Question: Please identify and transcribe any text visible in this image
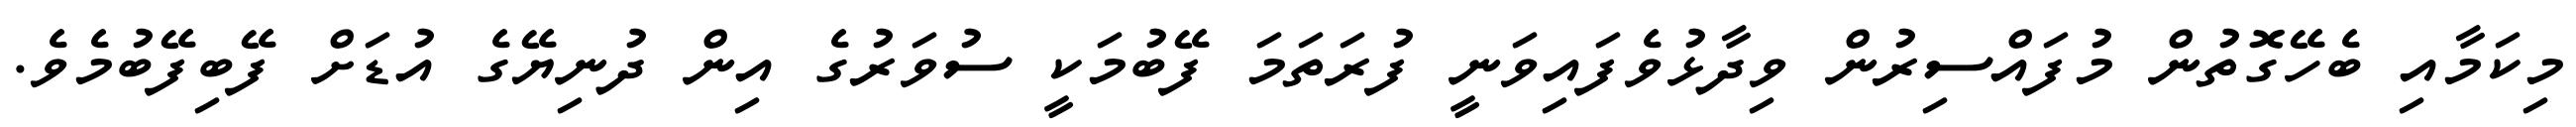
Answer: މިކަމާއި ބެހޭގޮތުން މުފައްސިރުން ވިދާޅުވެފައިވަނީ ފުރަތަމަ ފޭބުމަކީ ސުވަރުގެ އިން ދުނިޔޭގެ އުޑަށް ފޭބިފޭބުމެވެ.